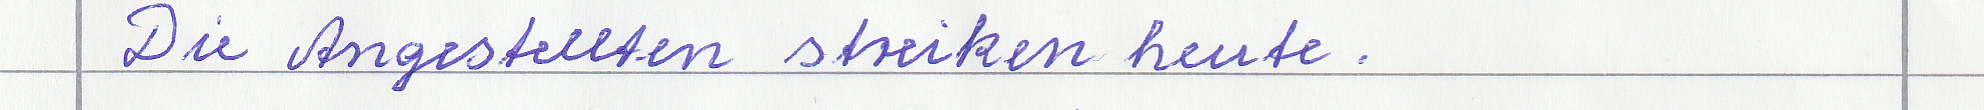
Die Angestellten streiken heute.